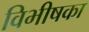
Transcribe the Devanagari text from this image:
विभीषका